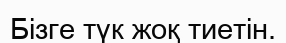
Бізге түк жоқ тиетін.